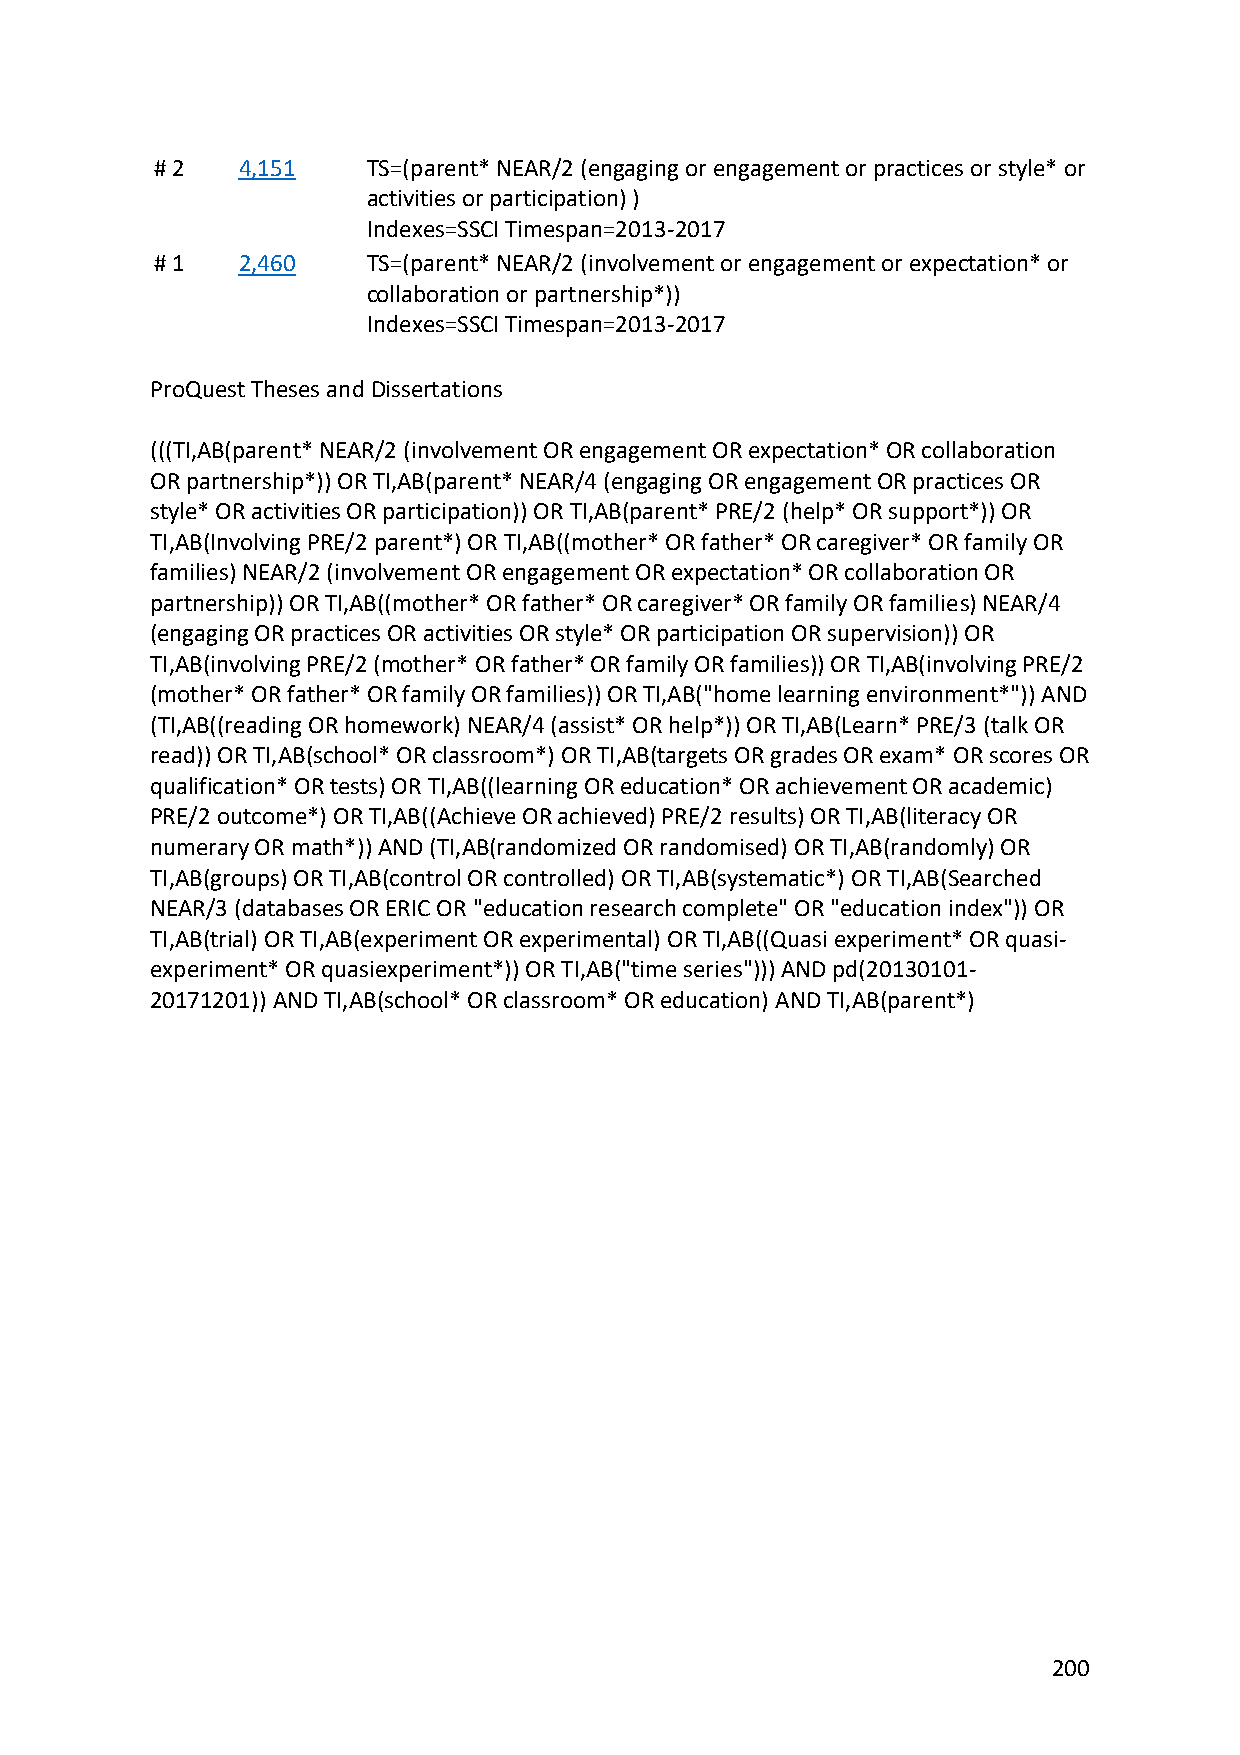
# 2   4,151   TS=(parent* NEAR/2 (engaging or engagement or practices or style* or
 activities or participation) )
 Indexes=SSCI Timespan=2013-2017
 # 1   2,460   TS=(parent* NEAR/2 (involvement or engagement or expectation* or
 collaboration or partnership*))
 Indexes=SSCI Timespan=2013-2017
 ProQuest Theses and Dissertations
 (((TI,AB(parent* NEAR/2 (involvement OR engagement OR expectation* OR collaboration
 OR partnership*)) OR TI,AB(parent* NEAR/4 (engaging OR engagement OR practices OR
 style* OR activities OR participation)) OR TI,AB(parent* PRE/2 (help* OR support*)) OR
 TI,AB(Involving PRE/2 parent*) OR TI,AB((mother* OR father* OR caregiver* OR family OR
 families) NEAR/2 (involvement OR engagement OR expectation* OR collaboration OR
 partnership)) OR TI,AB((mother* OR father* OR caregiver* OR family OR families) NEAR/4
 (engaging OR practices OR activities OR style* OR participation OR supervision)) OR
 TI,AB(involving PRE/2 (mother* OR father* OR family OR families)) OR TI,AB(involving PRE/2
 (mother* OR father* OR family OR families)) OR TI,AB("home learning environment*")) AND
 (TI,AB((reading OR homework) NEAR/4 (assist* OR help*)) OR TI,AB(Learn* PRE/3 (talk OR
 read)) OR TI,AB(school* OR classroom*) OR TI,AB(targets OR grades OR exam* OR scores OR
 qualification* OR tests) OR TI,AB((learning OR education* OR achievement OR academic)
 PRE/2 outcome*) OR TI,AB((Achieve OR achieved) PRE/2 results) OR TI,AB(literacy OR
 numerary OR math*)) AND (TI,AB(randomized OR randomised) OR TI,AB(randomly) OR
 TI,AB(groups) OR TI,AB(control OR controlled) OR TI,AB(systematic*) OR TI,AB(Searched
 NEAR/3 (databases OR ERIC OR "education research complete" OR "education index")) OR
 TI,AB(trial) OR TI,AB(experiment OR experimental) OR TI,AB((Quasi experiment* OR quasi-
 experiment* OR quasiexperiment*)) OR TI,AB("time series"))) AND pd(20130101-
 20171201)) AND TI,AB(school* OR classroom* OR education) AND TI,AB(parent*)
 200